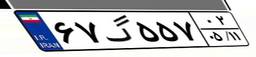
۰۱گ۰۱۳۱۲